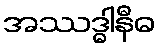
အဿဒ္ဓါနီဓ